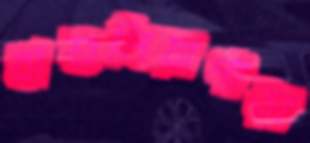
বাশুলিয়াপাড়া